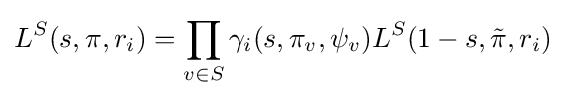
L^{S}(s,\pi ,r_{i})=\prod _{v\in S}\gamma _{i}(s,\pi _{v},\psi _{v})L^{S}(1-s,{\tilde {\pi }},r_{i})